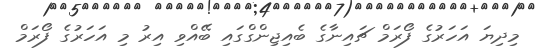
މިދިޔަ އަހަރުގެ ފޯރަމް ޗައިނާގެ ބެއިޖިންގްގައި ބޭއްވި އިރު މި އަހަަރުގެ ފޯރަމް